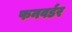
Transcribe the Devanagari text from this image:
फनवर्डर